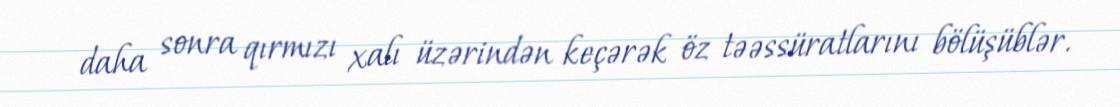
daha sonra qırmızı xalı üzərindən keçərək öz təəssüratlarını bölüşüblər.